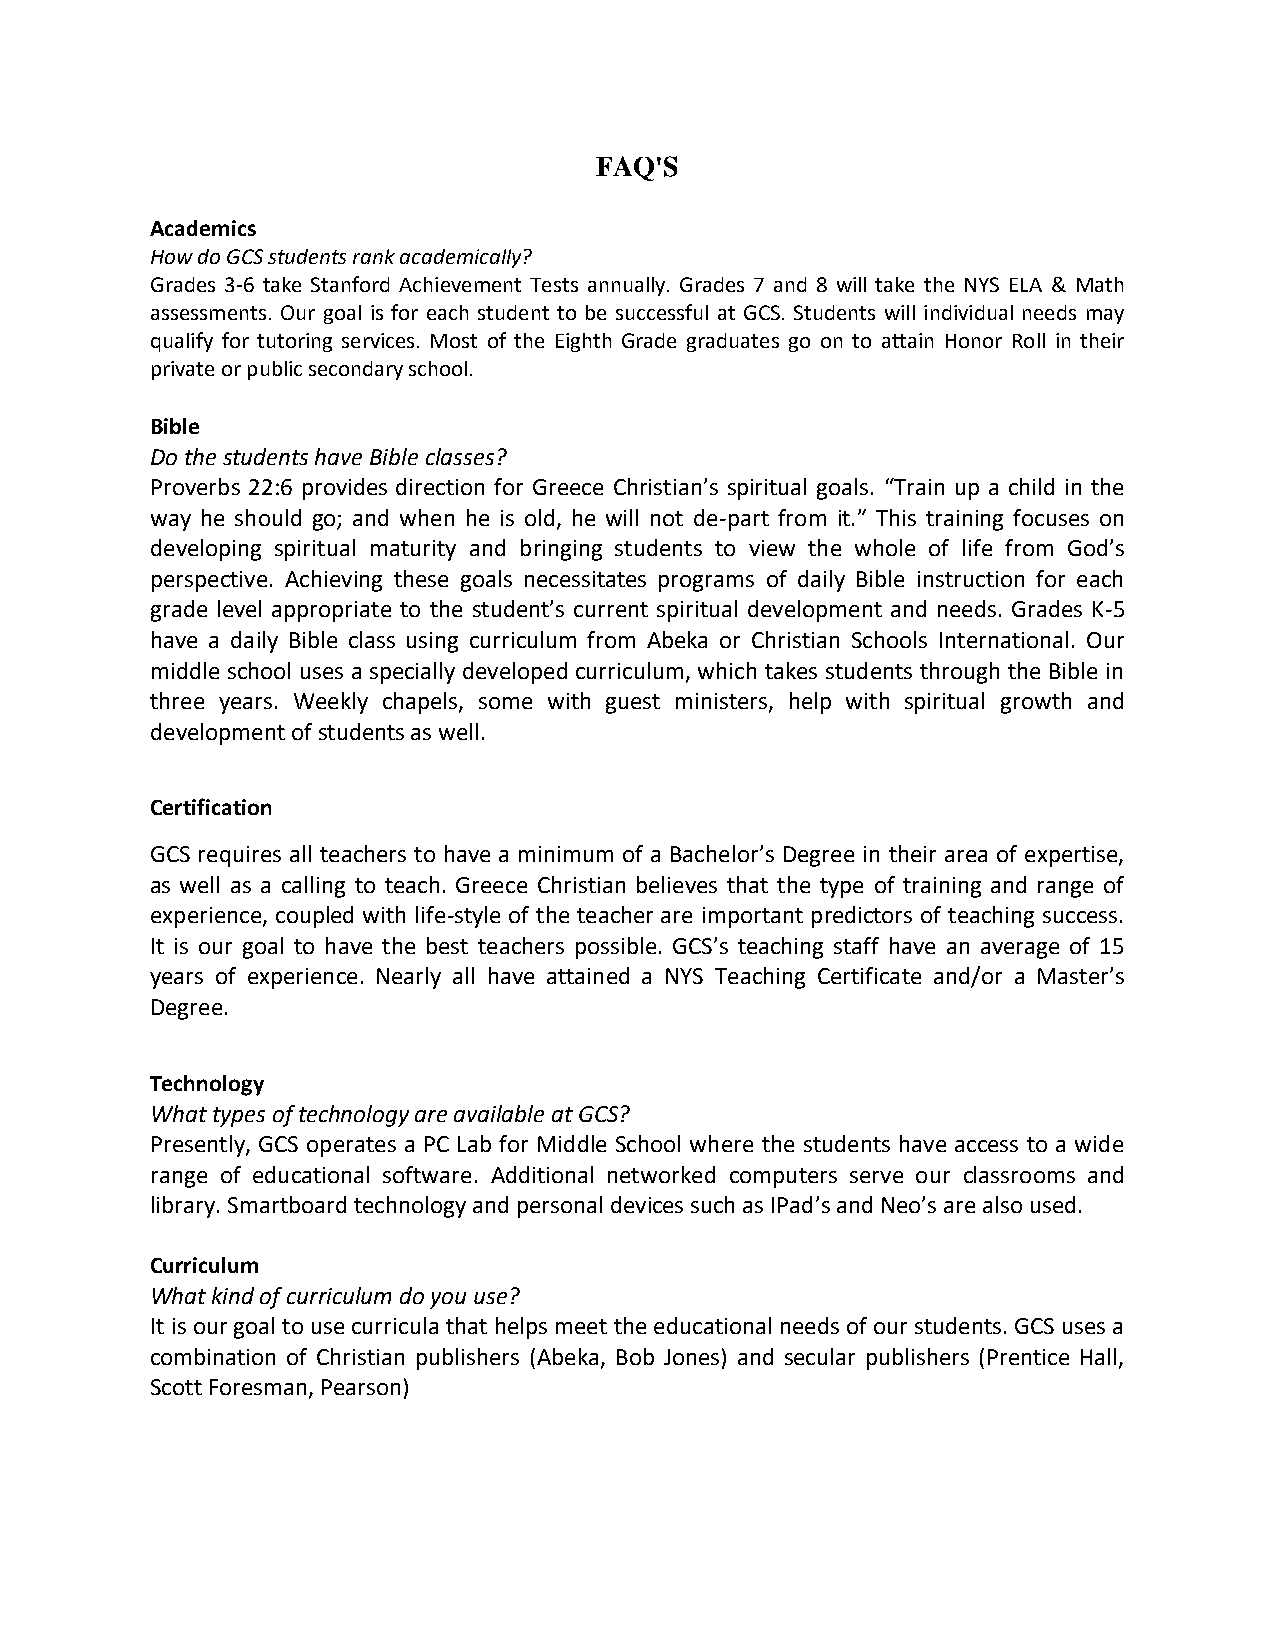
FAQ'S
 Academics
 How do GCS students rank academically?
 Grades 3-6 take Stanford Achievement Tests annually. Grades 7 and 8 will take the NYS ELA & Math
 assessments. Our goal is for each student to be successful at GCS. Students will individual needs may
 qualify for tutoring services. Most of the Eighth Grade graduates go on to attain Honor Roll in their
 private or public secondary school.
 Bible
 Do the students have Bible classes?
 Proverbs 22:6 provides direction for Greece Christian’s spiritual goals. “Train up a child in the
 way he should go; and when he is old, he will not de-part from it.” This training focuses on
 developing spiritual maturity and bringing students to view the whole of life from God’s
 perspective. Achieving these goals necessitates programs of daily Bible instruction for each
 grade level appropriate to the student’s current spiritual development and needs. Grades K-5
 have a daily Bible class using curriculum from Abeka or Christian Schools International. Our
 middle school uses a specially developed curriculum, which takes students through the Bible in
 three years. Weekly chapels, some with guest ministers, help with spiritual growth and
 development of students as well.
 Certification
 GCS requires all teachers to have a minimum of a Bachelor’s Degree in their area of expertise,
 as well as a calling to teach. Greece Christian believes that the type of training and range of
 experience, coupled with life-style of the teacher are important predictors of teaching success.
 It is our goal to have the best teachers possible. GCS’s teaching staff have an average of 15
 years of experience. Nearly all have attained a NYS Teaching Certificate and/or a Master’s
 Degree.
 Technology
 What types of technology are available at GCS?
 Presently, GCS operates a PC Lab for Middle School where the students have access to a wide
 range of educational software. Additional networked computers serve our classrooms and
 library. Smartboard technology and personal devices such as IPad’s and Neo’s are also used.
 Curriculum
 What kind of curriculum do you use?
 It is our goal to use curricula that helps meet the educational needs of our students. GCS uses a
 combination of Christian publishers (Abeka, Bob Jones) and secular publishers (Prentice Hall,
 Scott Foresman, Pearson)